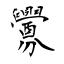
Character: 釁